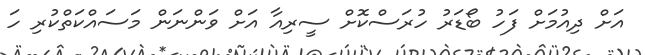
އަށް ދިއުމަށް ފަހު ބޯޑަރު ހުރަސްކޮށް ސީރިއާ އަށް ވަންނަން މަސައްކަތްކުރި ހަ